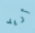
أريد